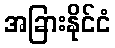
အခြားနိုင်ငံ